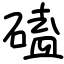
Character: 磕